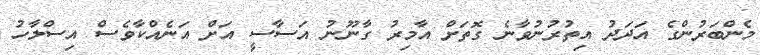
މެންބަރުންގެ އަދަދު އިތުރުނުވާނެ ގޮތަށް އާމިރު ގާނޫނު އަސާސީ އަށް އަނެއްކާވެސް އިސްލާހު